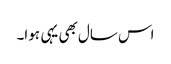
اس سال بھی یہی ہوا۔